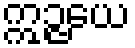
ဣဉ္ဇယေ